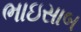
ભાઇસાબ